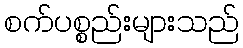
စက်ပစ္စည်းများသည်